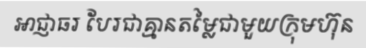
អាជ្ញាធរ បែរជាគ្មានតម្លៃជាមួយក្រុមហ៊ុន